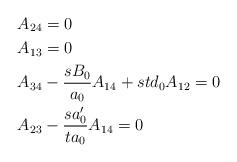
LaTeX: \begin{align*}&A_{24} =0 \\&A_{13} =0 \\&A_{34} - \dfrac{sB_0}{a_0}A_{14} + std_0 A_{12} =0 \\&A_{23} -\dfrac{sa_0'}{ta_0}A_{14} =0 \end{align*}